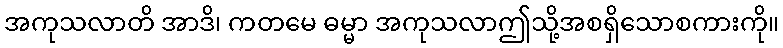
အကုသလာတိ အာဒိ၊ ကတမေ ဓမ္မာ အကုသလာဤသို့အစရှိသောစကားကို။